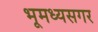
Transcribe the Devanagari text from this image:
भूमध्यसगर